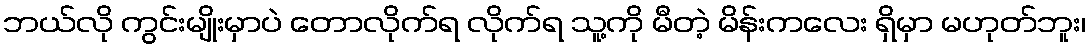
ဘယ်လို ကွင်းမျိုးမှာပဲ တောလိုက်ရ လိုက်ရ သူ့ကို မီတဲ့ မိန်းကလေး ရှိမှာ မဟုတ်ဘူး၊